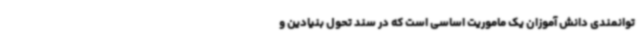
توانمندی دانش آموزان یک ماموریت اساسی است که در سند تحول بنیادین و